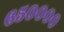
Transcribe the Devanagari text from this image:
६५००००